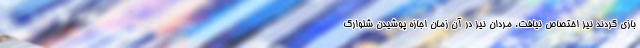
بازی کردند نیز اختصاص نیافت. مردان نیز در آن زمان اجازه پوشیدن شلوارک